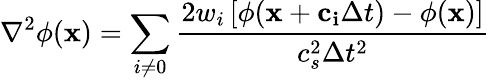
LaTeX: \nabla^{2}\phi(\mathbf{x})=\sum_{i\neq 0}\frac{2w_{i}\left[\phi(\mathbf{x}+\mathbf{c_{i}}\Delta t)-\phi(\mathbf{x})\right]}{c_{s}^{2}\Delta t^{2}}